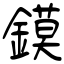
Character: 鏌